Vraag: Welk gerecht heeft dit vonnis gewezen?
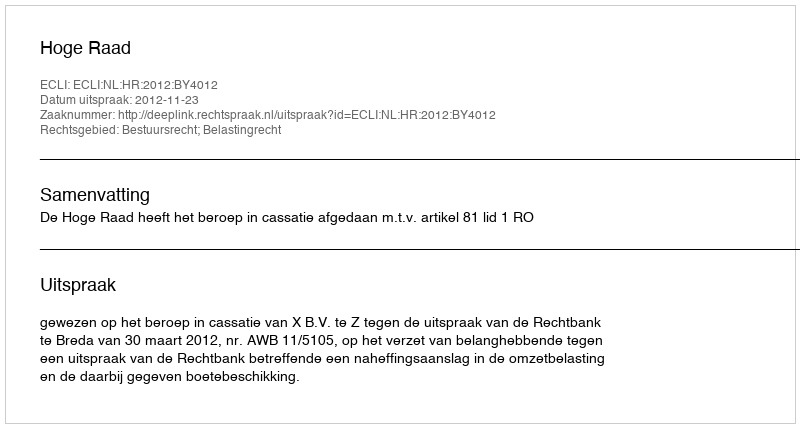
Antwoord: Hoge Raad